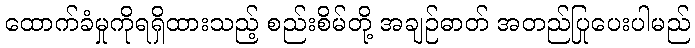
ထောက်ခံမှုကိုရရှိထားသည့် စည်းစိမ်တို့ အချဉ်ဓာတ် အတည်ပြုပေးပါမည်